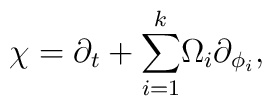
\chi =\partial _t+{{{\sum_{i=1}^k}}}\Omega _i\partial _{\phi _i},